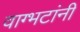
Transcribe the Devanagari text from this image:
वाग्भटांनी